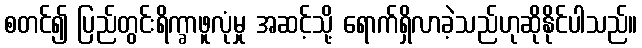
စတင်၍ ပြည်တွင်းရိက္ခာဖူလုံမှု အဆင့်သို့ ရောက်ရှိလာခဲ့သည်ဟုဆိုနိုင်ပါသည်။